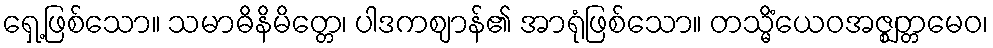
ရှေ့ဖြစ်သော။ သမာဓိနိမိတ္တေ၊ ပါဒကဈာန်၏ အာရုံဖြစ်သော။ တသ္မိံယေဝအဇ္ဈတ္တမေဝ၊